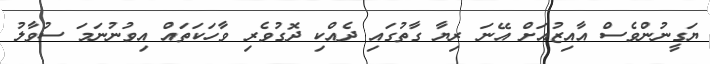
ޔަގީނުންވެސް އާއިޒުއަށް އޭނަ ރިޔާ ގާތުގައި ދެއްކި ދޮގުވެރި ވާހަކަތައް އިވުނުނަމަ ސުވާލު